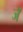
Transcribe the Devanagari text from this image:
जॅ